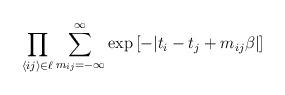
LaTeX: \begin{align*}\prod_{\langle ij \rangle \in \ell} \sum_{m_{ij}= -\infty}^{\infty} \exp\left[-|t_{i} - t_{j} + m_{ij} \beta|\right]\end{align*}